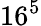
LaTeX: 16^{5}